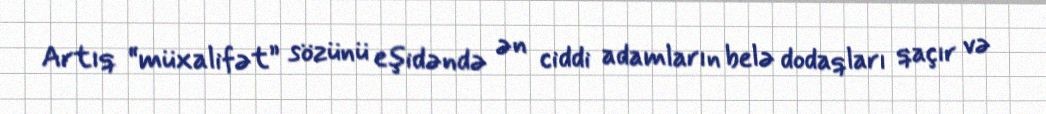
Artıq “müxalifət” sözünü eşidəndə ən ciddi adamların belə dodaqları qaçır və